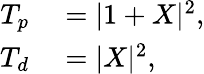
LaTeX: \begin{array}{rl}{T_{p}}&{{}=|1+X|^{2},}\\ {T_{d}}&{{}=|X|^{2},}\end{array}